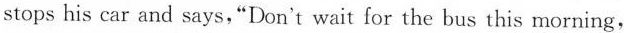
stops his car and says,"Don't wait for the bus this morning,